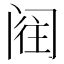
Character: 𮤵